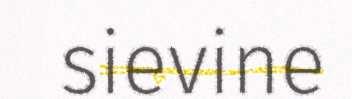
sievine